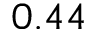
0 . 4 4